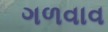
ગળવાવ